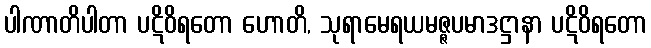
ပါဏာတိပါတာ ပဋိဝိရတော ဟောတိ, သုရာမေရယမဇ္ဇပမာဒဋ္ဌာနာ ပဋိဝိရတော